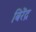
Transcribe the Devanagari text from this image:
बिरेंद्र